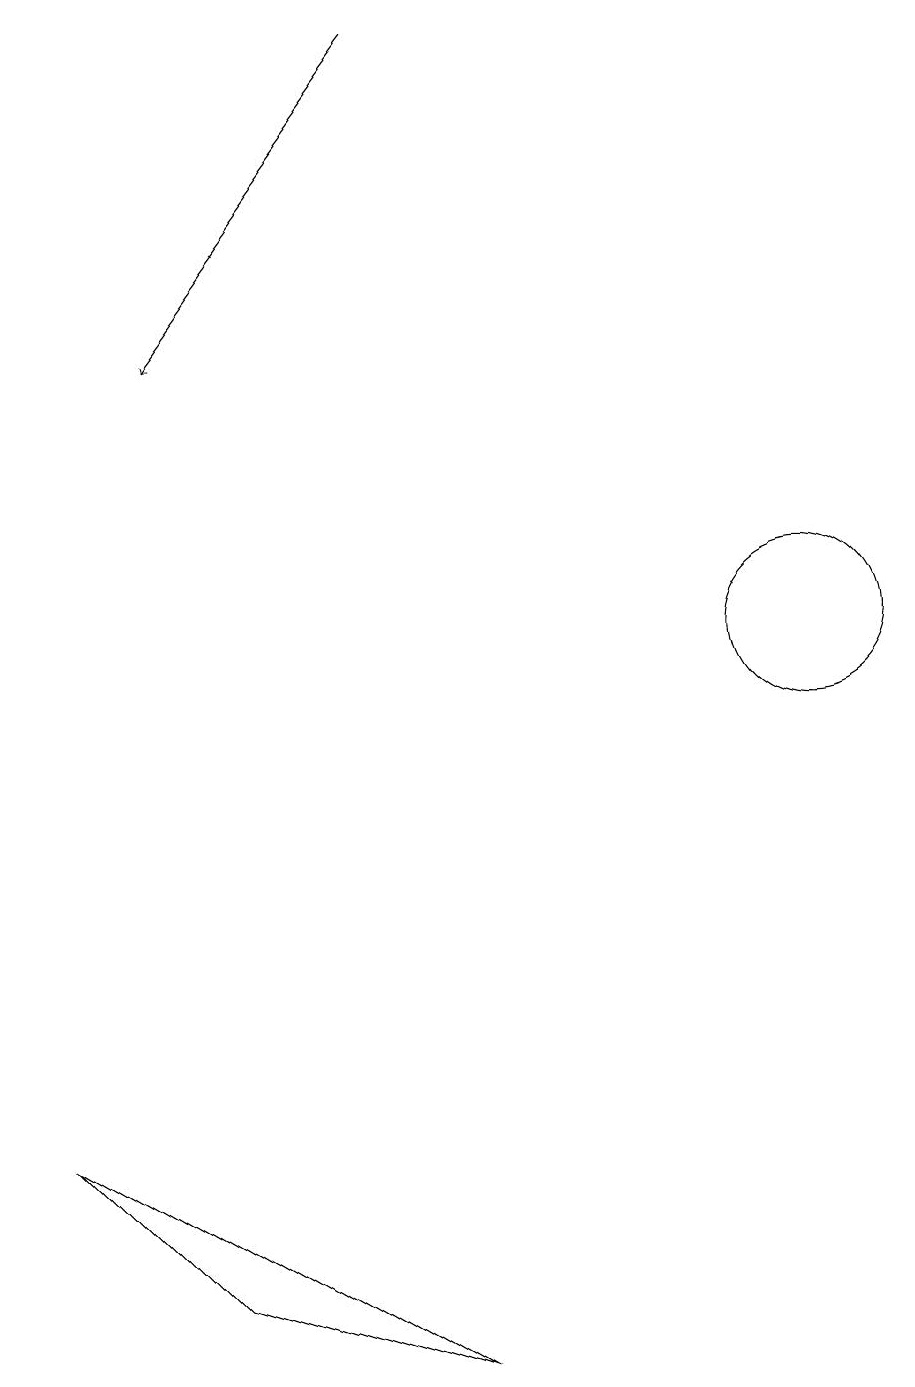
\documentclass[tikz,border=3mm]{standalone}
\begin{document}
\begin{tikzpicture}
\draw (10,10) circle (1);
\draw[->] (5,18) -- (2,14);
\draw (5,1) -- (2,2) -- (0,4) -- cycle;
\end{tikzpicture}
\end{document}